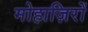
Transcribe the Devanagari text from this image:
मोहाज़िरों